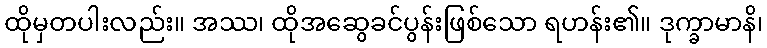
ထိုမှတပါးလည်း။ အဿ၊ ထိုအဆွေခင်ပွန်းဖြစ်သော ရဟန်း၏။ ဒုက္ခာမာနိ၊